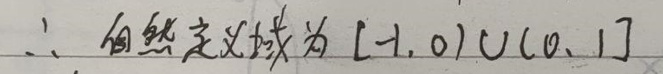
\(\therefore\) 自然定义域为 \([-1,0)\cup(0,1]\)